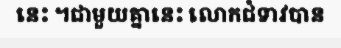
នេះ ។ជាមួយគ្នានេះ លោកជំទាវបាន